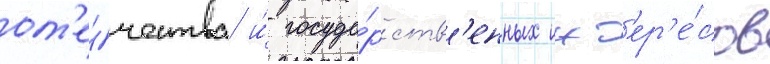
от'е́чества и́ госуда́рств'енных инт'ер'е́сов